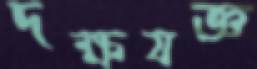
দক্ষযজ্ঞ